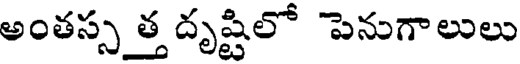
అంతస్స త్త దృష్టిలో పెనుగాలులు